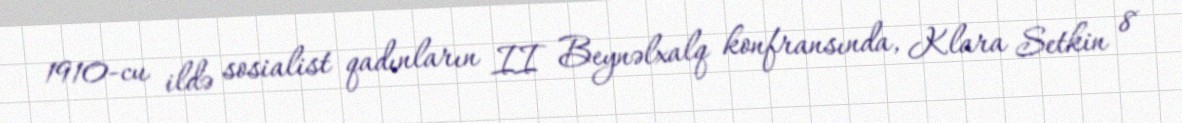
1910-cu ildə sosialist qadınların II Beynəlxalq konfransında, Klara Setkin 8